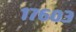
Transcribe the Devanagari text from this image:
१७६०३